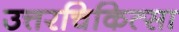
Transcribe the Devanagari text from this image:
उत्तरचिकित्सा